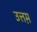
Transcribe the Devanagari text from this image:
उत्तम़